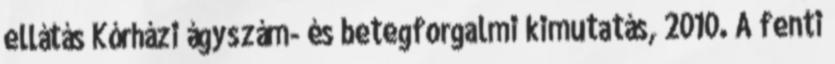
ellátás Kórházi ágyszám- és betegforgalmi kimutatás, 2010. A fenti